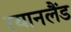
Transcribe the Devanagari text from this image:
रयानलैंड